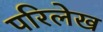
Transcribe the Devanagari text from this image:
परिलेख